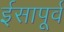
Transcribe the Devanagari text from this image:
र्इसापूर्व